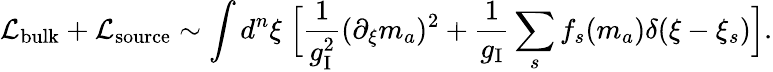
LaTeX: {\cal L}_{\mathrm{bulk}}+{\cal L}_{\mathrm{source}}\sim\int d^{n}\xi\; \Bigl[{\frac{1}{g_{\mathrm{I}}^{2}}}(\partial_{\xi}m_{a})^{2}+{\frac{1}{g_{\mathrm{I}}}}\sum_{s}f_{s}(m_{a})\delta(\xi-\xi_{s})\Bigr].